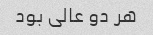
هر دو عالی بود